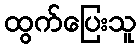
ထွက်ပြေးသူ